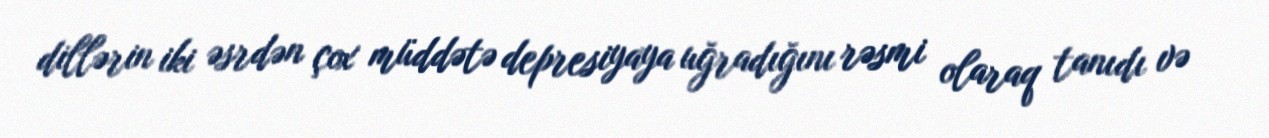
dillərin iki əsrdən çox müddətə depresiyaya uğradığını rəsmi olaraq tanıdı və